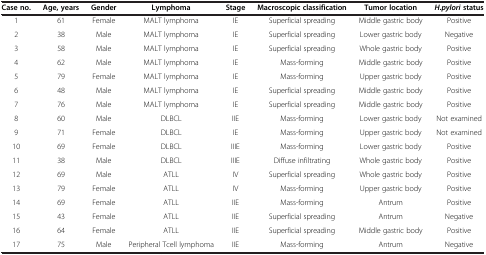
<table><thead><tr><td><b>Case no.</b></td><td><b>Age, years</b></td><td><b>Gender</b></td><td><b>Lymphoma</b></td><td><b>Stage</b></td><td><b>Macroscopic classification</b></td><td><b>Tumor location</b></td><td><b><i>H.pylori </i>status</b></td></tr></thead><tbody><tr><td>1</td><td>61</td><td>Female</td><td>MALT lymphoma</td><td>IE</td><td>Superficial spreading</td><td>Middle gastric body</td><td>Positive</td></tr><tr><td>2</td><td>38</td><td>Male</td><td>MALT lymphoma</td><td>IE</td><td>Superficial spreading</td><td>Lower gastric body</td><td>Negative</td></tr><tr><td>3</td><td>58</td><td>Male</td><td>MALT lymphoma</td><td>IE</td><td>Superficial spreading</td><td>Whole gastric body</td><td>Positive</td></tr><tr><td>4</td><td>62</td><td>Male</td><td>MALT lymphoma</td><td>IE</td><td>Mass-forming</td><td>Middle gastric body</td><td>Positive</td></tr><tr><td>5</td><td>79</td><td>Female</td><td>MALT lymphoma</td><td>IE</td><td>Mass-forming</td><td>Upper gastric body</td><td>Positive</td></tr><tr><td>6</td><td>48</td><td>Male</td><td>MALT lymphoma</td><td>IE</td><td>Superficial spreading</td><td>Middle gastric body</td><td>Positive</td></tr><tr><td>7</td><td>76</td><td>Male</td><td>MALT lymphoma</td><td>IE</td><td>Superficial spreading</td><td>Middle gastric body</td><td>Positive</td></tr><tr><td>8</td><td>60</td><td>Male</td><td>DLBCL</td><td>IIE</td><td>Mass-forming</td><td>Lower gastric body</td><td>Not examined</td></tr><tr><td>9</td><td>71</td><td>Female</td><td>DLBCL</td><td>IE</td><td>Mass-forming</td><td>Upper gastric body</td><td>Not examined</td></tr><tr><td>10</td><td>69</td><td>Female</td><td>DLBCL</td><td>IIIE</td><td>Mass-forming</td><td>Lower gastric body</td><td>Positive</td></tr><tr><td>11</td><td>38</td><td>Male</td><td>DLBCL</td><td>IIIE</td><td>Diffuse infiltrating</td><td>Whole gastric body</td><td>Positive</td></tr><tr><td>12</td><td>69</td><td>Male</td><td>ATLL</td><td>IV</td><td>Superficial spreading</td><td>Whole gastric body</td><td>Positive</td></tr><tr><td>13</td><td>79</td><td>Female</td><td>ATLL</td><td>IV</td><td>Mass-forming</td><td>Upper gastric body</td><td>Positive</td></tr><tr><td>14</td><td>69</td><td>Female</td><td>ATLL</td><td>IIE</td><td>Mass-forming</td><td>Antrum</td><td>Positive</td></tr><tr><td>15</td><td>43</td><td>Female</td><td>ATLL</td><td>IIE</td><td>Superficial spreading</td><td>Antrum</td><td>Negative</td></tr><tr><td>16</td><td>64</td><td>Female</td><td>ATLL</td><td>IIE</td><td>Superficial spreading</td><td>Middle gastric body</td><td>Positive</td></tr><tr><td>17</td><td>75</td><td>Male</td><td>Peripheral Tcell lymphoma</td><td>IIE</td><td>Mass-forming</td><td>Antrum</td><td>Negative</td></tr></tbody></table>